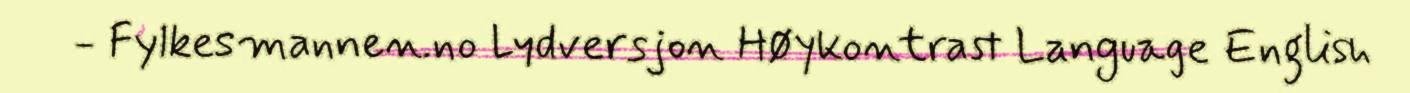
- Fylkesmannen.no Lydversjon Høykontrast Language English